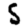
Digit: 5